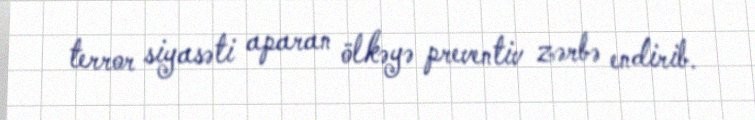
terror siyasəti aparan ölkəyə preventiv zərbə endirib.